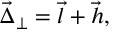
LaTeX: \vec { \Delta } _ { \perp } = \vec { l } + \vec { h } ,